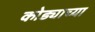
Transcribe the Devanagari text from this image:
कोड्याच्या